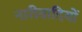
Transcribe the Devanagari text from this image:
नारीवादियों